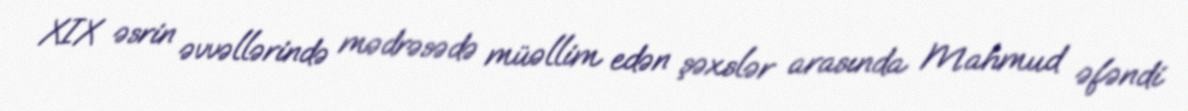
XIX əsrin əvvəllərində mədrəsədə müəllim edən şəxslər arasında Mahmud əfəndi